talulepingud_et, lk 4
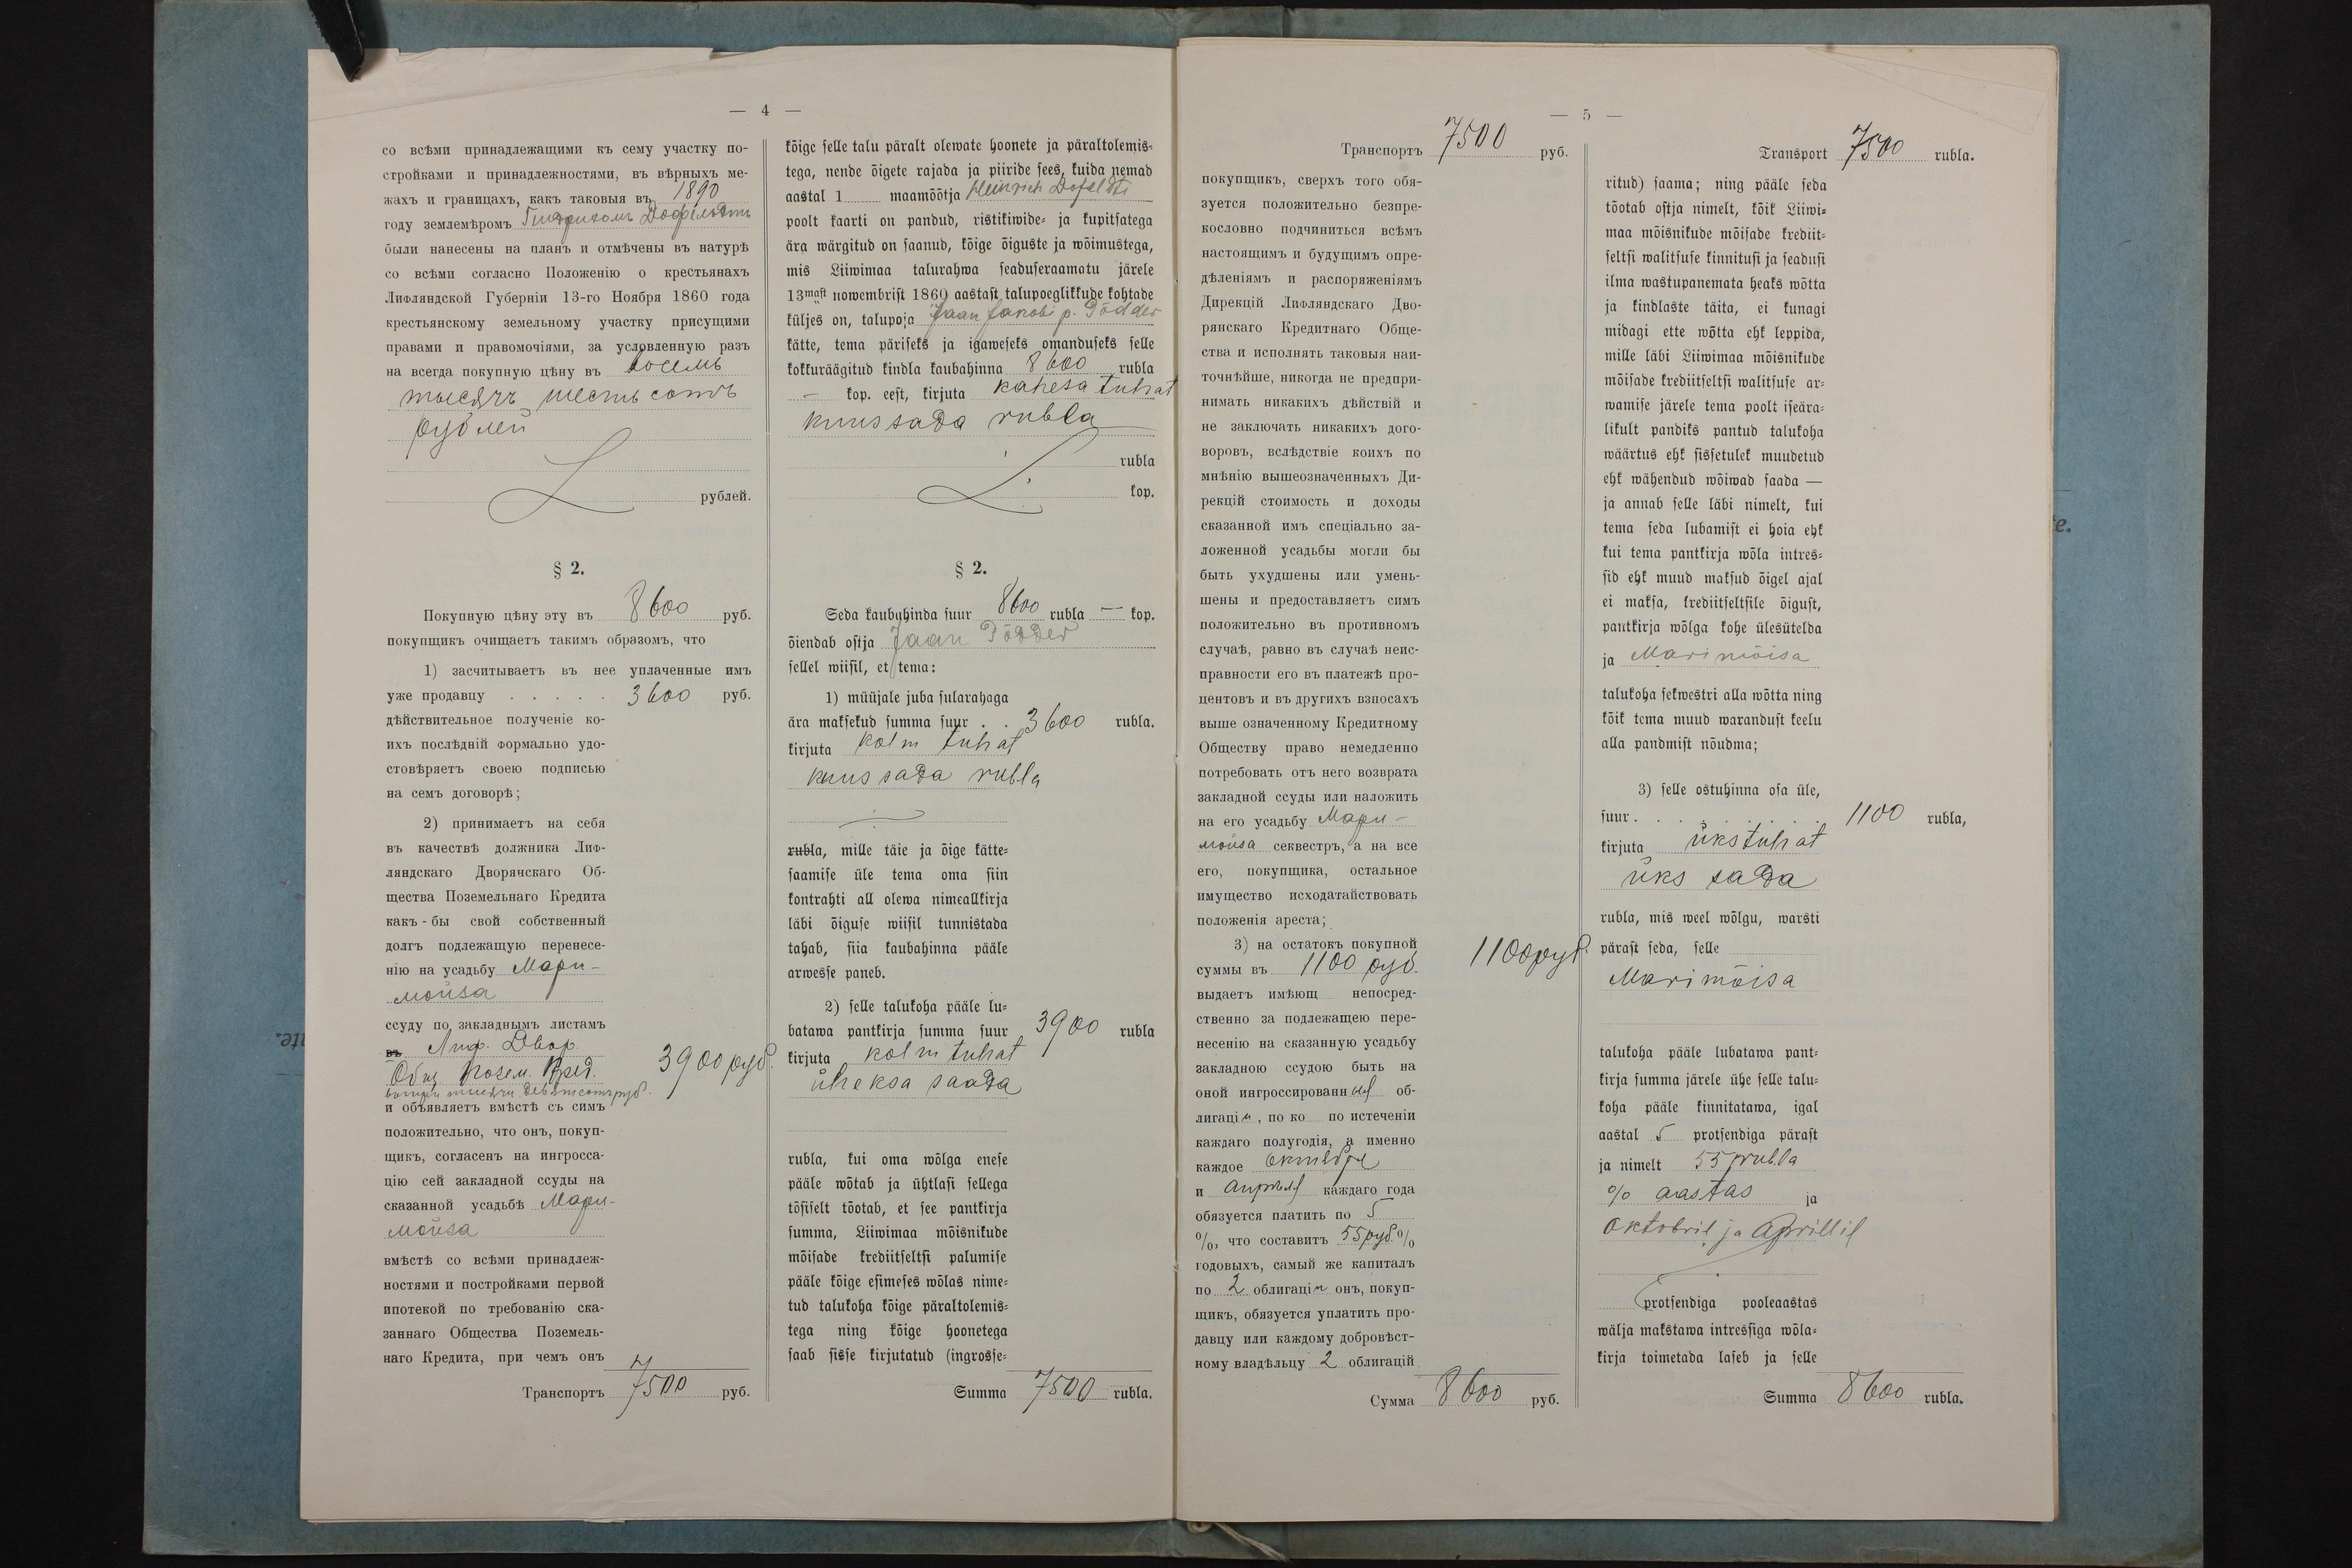
kõige selle talu päralt olewate hoonete ja päraltolemis-
ega, nende õigete rajada ja piiride sees, kuida nemad
aastal 1 maamõõtja Heinrich Dofeldti
poolt kaarti on pandud, ristikiwide- ja kupitsatega
ära märgitud on saanud, kõige õiguste ja wõimustega,
mis Liiwimaa talurahwa seaduseraamatu järele
13mast nowembrist 1860 aastast talupoeglikkude kohtade
küljes on, talupoja Jaan Jakobi p. Põdder
kätte, tema päriseks ja igaweseks omanduseks selle
kokkuräägitud kindla kaubahinna 8600 rubla
- kop. eest, kirjuta kahesa tuhat
kuussada rubla
§ 2.
Seda kaubahinda suur 8600 rubla - kop.
õiendab ostja Jaan Põdder
sellel, wiisil, et tema:
1) müüjale juba sularahaga
ära maksekud summa suur 3600 rubla.
kirjuta kolm tuhat
kuus sada rubla
rubla, mille täie ja õige kätte-
saamise üle tema oma siin
kontrahti all olewa nimeallkirja
läbi õiguse wiisil tunnistada
tahab, siia kaubahinna pääle
arwesse paneb.
2) selle talikoha pääle lu-
batawa pantkirja summa suur 3900 rubla
kirjuta kolm tuhat
üheksa saada
rubla, kui oma wõlga enese
pääle wõtab ja ühtlasi sellega
tõsiselt tõotab, et see pantkirja
summa, Liiwimaa mõisnikude
mõisade krediitseltsi palumise
pääle kõige esimeses wõlas nime-
tud talukoha kõige päraltolemis-
tega ning kõige hoonetega
saab sisse kirjutatud (ingrosse-
Summa 7500 rubla.

Transport 7500 rubla.
ritud) saama; ning pääle seda
tõotab ostja nimelt, kõik Liiwi-
maa mõisnikude mõisade krediit-
eltsi walitsuse kinnitusi ja seadusi
ilma wastupanemata heaks wõtta
ja kindlaste täita, ei kunagi
midagi ette wõtta ehk leppida,
mille läbi Liiwimaa mõisnikude
mõisade krediitseltsi walitsuse ar-
wamise järele tema poolt iseära-
likult pandiks pantid talukoha
wäärtus ehk sissetulek muudetud
ehk wähendud wõiwad saada -
ja annab selle läbi nimelt, kui
tema seda lubamist ei hoia ehk
kui tema pantkirja wõla intres-
sid ehk muud maksud õigel ajal
ei maksa, krediitseltsile õigust,
pantkirja wõlga kohe ülesütelda
ja Marimõisa
talukoha sekwestri alla wõtta ning
kõik tema muud warandust keelu
alla pandmist nõudma;
3) selle ostuhinna osa üle,
suur 1100 rubla,
kirjuta ükstuhat
üks sada
rubla, mis weel wõlgu, warsti
pärast seda, selle
Marimõisa
talukoha pääle lubatawa pant-
kirja summa järele ühe selle talu-
koha pääle kinnitatawa, igal
aastal 5 protsendiga pärast
ja nimelt 55 rubla
% aastas ja
oktoobril ja aprillil
protsendiga pooleaastas
wälja makstawa intressiga wõla-
kirja toimetada laseb ja selle
Summa 8600 rubla.